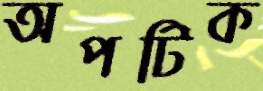
অপটিক